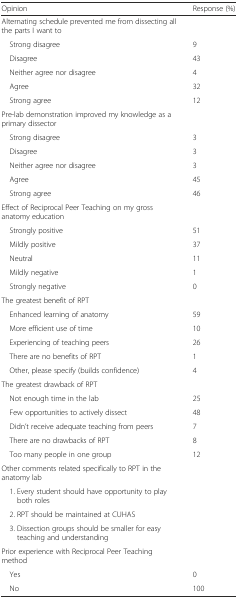
<table><thead><tr><td><b>Opinion</b></td><td><b>Response (%)</b></td></tr></thead><tbody><tr><td colspan="2">Alternating schedule prevented me from dissecting all the parts I want to</td></tr><tr><td> Strong disagree</td><td>9</td></tr><tr><td> Disagree</td><td>43</td></tr><tr><td> Neither agree nor disagree</td><td>4</td></tr><tr><td> Agree</td><td>32</td></tr><tr><td> Strong agree</td><td>12</td></tr><tr><td>Pre-lab demonstration improved my knowledge as a primary dissector</td><td></td></tr><tr><td> Strong disagree</td><td>3</td></tr><tr><td> Disagree</td><td>3</td></tr><tr><td> Neither agree nor disagree</td><td>3</td></tr><tr><td> Agree</td><td>45</td></tr><tr><td> Strong agree</td><td>46</td></tr><tr><td colspan="2">Effect of Reciprocal Peer Teaching on my gross anatomy education</td></tr><tr><td> Strongly positive</td><td>51</td></tr><tr><td> Mildly positive</td><td>37</td></tr><tr><td> Neutral</td><td>11</td></tr><tr><td> Mildly negative</td><td>1</td></tr><tr><td> Strongly negative</td><td>0</td></tr><tr><td colspan="2">The greatest benefit of RPT</td></tr><tr><td> Enhanced learning of anatomy</td><td>59</td></tr><tr><td> More efficient use of time</td><td>10</td></tr><tr><td> Experiencing of teaching peers</td><td>26</td></tr><tr><td> There are no benefits of RPT</td><td>1</td></tr><tr><td> Other, please specify (builds confidence)</td><td>4</td></tr><tr><td colspan="2">The greatest drawback of RPT</td></tr><tr><td> Not enough time in the lab</td><td>25</td></tr><tr><td> Few opportunities to actively dissect</td><td>48</td></tr><tr><td> Didn’t receive adequate teaching from peers</td><td>7</td></tr><tr><td> There are no drawbacks of RPT</td><td>8</td></tr><tr><td> Too many people in one group</td><td>12</td></tr><tr><td colspan="2">Other comments related specifically to RPT in the anatomy lab</td></tr><tr><td colspan="2"> 1. Every student should have opportunity to play both roles</td></tr><tr><td colspan="2"> 2. RPT should be maintained at CUHAS</td></tr><tr><td colspan="2"> 3. Dissection groups should be smaller for easy teaching and understanding</td></tr><tr><td colspan="2">Prior experience with Reciprocal Peer Teaching method</td></tr><tr><td> Yes</td><td>0</td></tr><tr><td> No</td><td>100</td></tr></tbody></table>